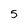
Character: 5